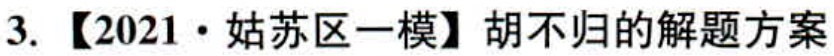
3. 【2021·姑苏区一模】胡不归的解题方案